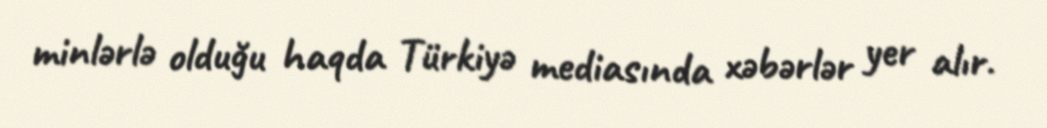
minlərlə olduğu haqda Türkiyə mediasında xəbərlər yer alır.